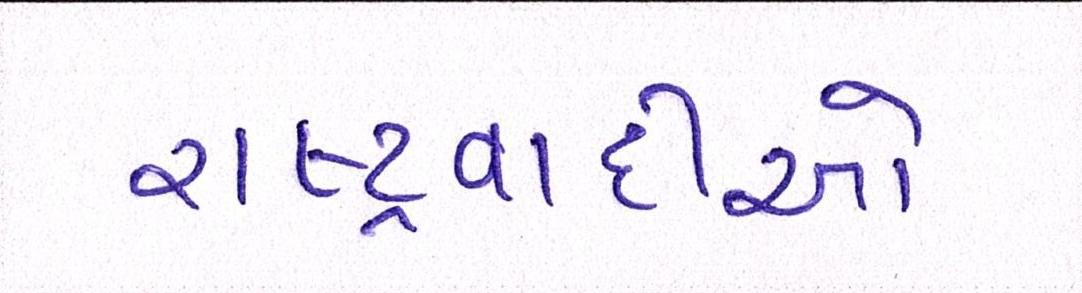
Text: રાષ્ટ્રવાદીઓ